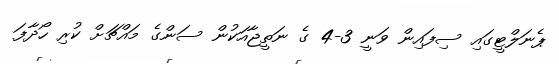
ޕެނަލްޓީގައި ސިފައިން ވަނީ 3-4 ގެ ނަތީޖާއަކުން ސަންގެ މައްޗަށް ކުރި ހޯދާފަ